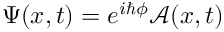
\Psi ( x , t ) = e ^ { i \hbar \phi } \mathcal { A } ( x , t )